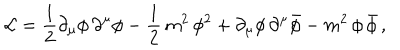
{ \cal L } = \frac { 1 } { 2 } { \partial } _ { \mu } \phi \, { \partial } ^ { \mu } \phi - \frac { 1 } { 2 } \, m ^ { 2 } \, \phi ^ { 2 } + { \partial } _ { \mu } \phi \, { \partial } ^ { \mu } { \bar { \phi } } - m ^ { 2 } \, \phi \, { \bar { \phi } } \, ,